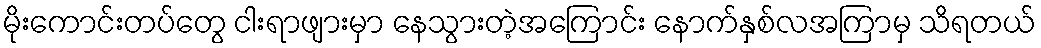
မိုးကောင်းတပ်တွေ ငါးရာဖျားမှာ နေသွားတဲ့အကြောင်း နောက်နှစ်လအကြာမှ သိရတယ်